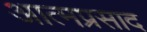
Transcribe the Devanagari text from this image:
आत्मप्रसाद